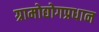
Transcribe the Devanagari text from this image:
ग्रामोद्योगप्रधान